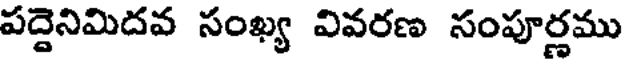
పద్దెనిమిదవ సంఖ్య వివరణ సంపూర్ణము